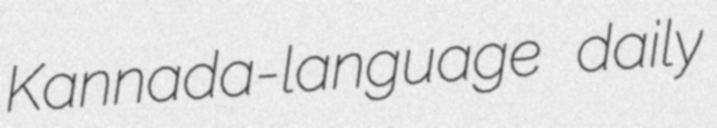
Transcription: Kannada-language daily